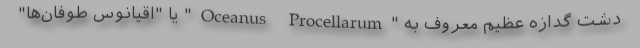
دشت گدازه عظیم معروف به "Oceanus Procellarum" یا "اقیانوس طوفان‌ها"